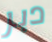
دبر